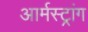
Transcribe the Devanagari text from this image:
आर्मस्‍ट्रांग